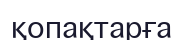
қопақтарға